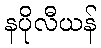
နပိုလီယန်